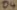
Text: D4